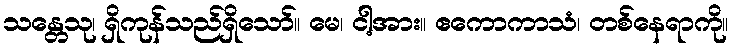
သန္တေသု၊ ရှိကုန်သည်ရှိသော်။ မေ၊ ငါ့အား။ ဧကောကာသံ၊ တစ်နေရာကို။